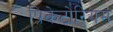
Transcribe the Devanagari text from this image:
प्रिकेटोरियम